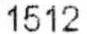
1512